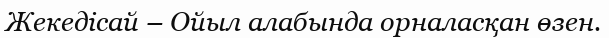
Жекедісай – Ойыл алабында орналасқан өзен.